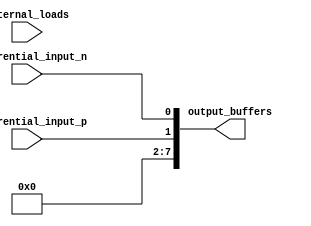
module ECL_buffer(
    input differential_input_p,
    input differential_input_n,
    output [7:0] output_buffers,
    input [7:0] external_loads
);

//Differential input stage
reg [1:0] diff_input;
assign diff_input = {differential_input_p, differential_input_n};

//Fanout buffer
reg [7:0] fanout_buffer;
always @ (diff_input)
begin
    fanout_buffer = diff_input;
end

//Output buffers
assign output_buffers = fanout_buffer;

endmodule